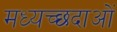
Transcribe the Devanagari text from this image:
मध्यच्छदाओं